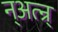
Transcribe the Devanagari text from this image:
न्अत्न्र्